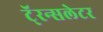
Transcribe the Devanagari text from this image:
टॅ्रन्सलेटर